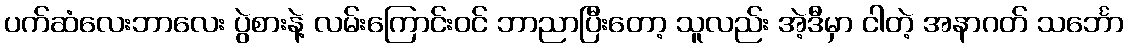
ပက်ဆံလေးဘာလေး ပွဲစားနဲ့ လမ်းကြောင်းဝင် ဘာညာပြီးတော့ သူလည်း အဲ့ဒီမှာ ငါတဲ့ အနာဂတ် သင်္ဘော